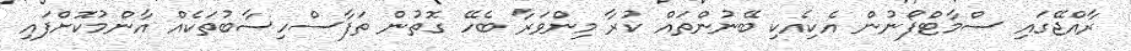
ރާއްޖޭގައި ސްމާޓްފޯނުން އެކިއެކި ބޭނުންތައް ކުރާ މިންވަރާ ބެހޭ ގޮތުން ތަފާސްހިސާބުތަކެއް އާންމުކޮށްފައި